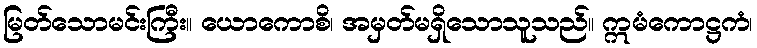
မြတ်သောမင်းကြီး။ ယောကောစိ၊ အမှတ်မရှိသောသူသည်။ ဣမံကောဋ္ဌကံ၊